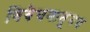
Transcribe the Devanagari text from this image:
विवेचनातूनच